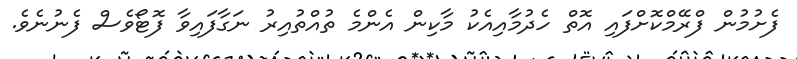
ފެށުމުން ފްރޭމްކޮށްފައި އޮތް ހެދުމާއިއެކު މާކިން އެންމެ ތުއްތުއިރު ނަގާފައިވާ ފޮޓޯވެސް ފެނުނެވެ.